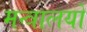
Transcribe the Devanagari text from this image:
मन्त्रालयो